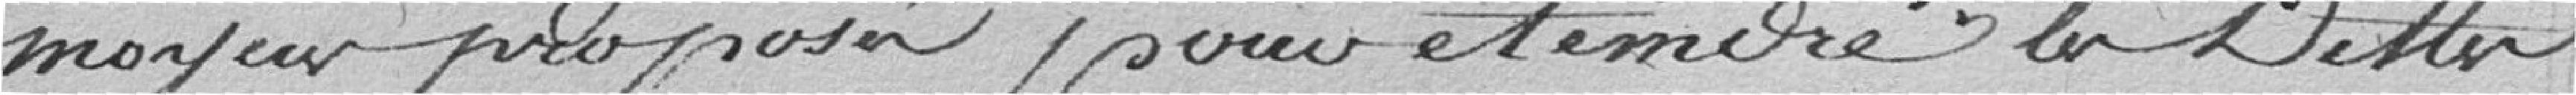
moyens proposés pour éteindre la dette